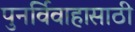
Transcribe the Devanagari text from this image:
पुनर्विवाहासाठी